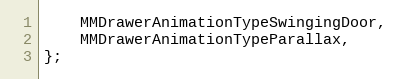
Language: C
    MMDrawerAnimationTypeSwingingDoor,
    MMDrawerAnimationTypeParallax,
};